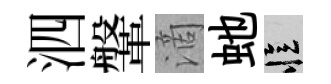
泗鞶滴虵忆